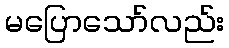
မပြောသော်လည်း